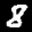
Label: 8